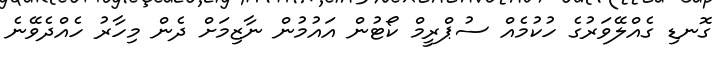
ގޮނޑި ގެއްލޭވަރުގެ ހުކުމެއް ސުޕްރީމް ކޯޓުން އަައުމުން ނާޒިމަށް ދެން މިހާރު ހެއްދެވޭނެ